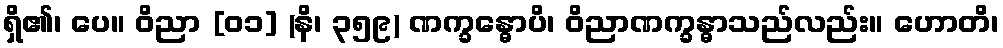
ရှိ၏၊ ပေ။ ဝိညာ [၀၁] (နိ၊ ၃၅၉) ဏက္ခန္ဓောပိ၊ ဝိညာဏက္ခန္ဓာသည်လည်း။ ဟောတိ၊